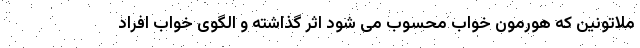
ملاتونین که هورمون خواب محسوب می شود اثر گذاشته و الگوی خواب افراد